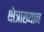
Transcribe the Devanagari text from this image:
क्षेत्राख्यान